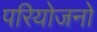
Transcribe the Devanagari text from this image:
परियोजनो